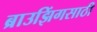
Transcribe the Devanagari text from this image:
ब्राउझिंगसाठी